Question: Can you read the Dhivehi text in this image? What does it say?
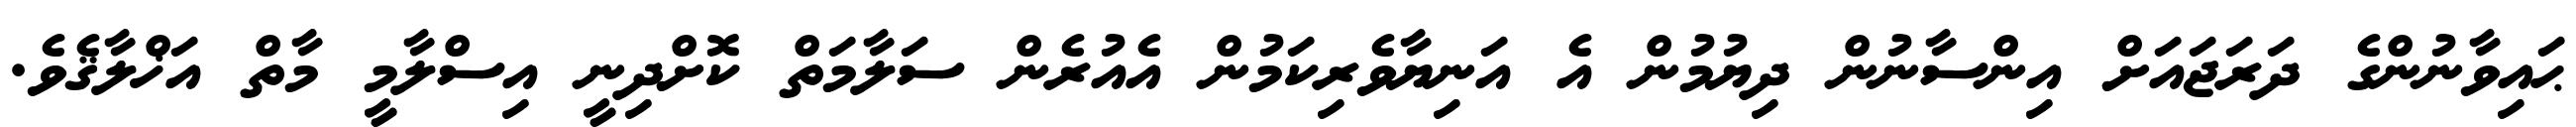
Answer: ޙައިވާނުންގެ ދަރަޖައަށް އިންސާނުން ދިޔުމުން އެ އަނިޔާވެރިކަމުން އެއުރެން ސަލާމަތް ކޮށްދިނީ އިސްލާމީ މާތް އަޚްލާޤެވެ.